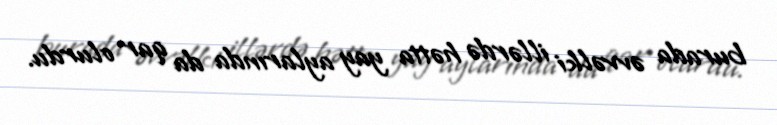
burada əvvəlki illərdə hətta yay aylarında da qar olurdu.